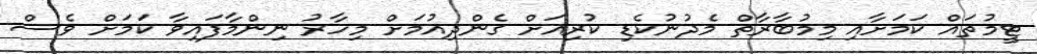
ޓީމުތައް ކަމަށާއި މިމުބާރާތް މެދުނުކެޑި ކުރިއަށް ގެންދިއުމަށް މިހާރު ނިންމާފައިވާ ކަމަށް ވެސް